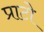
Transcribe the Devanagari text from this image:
प्राटो